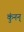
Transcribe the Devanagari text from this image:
कुंनन्